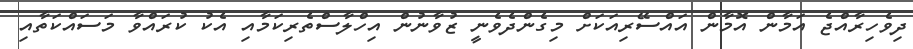
ދިވެހިރާއްޖެ އަމާން އޮމާން އައްސޭރިއަކަށް މިގެންދެވެނީ ޒުވާނުން އިހްލާސްތެރިކަމާއި އެކު ކުރައްވާ މަސައްކަތާއި